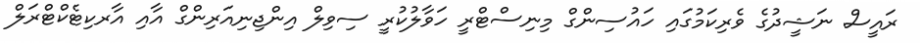
ރައީސް ނަޝީދުގެ ވެރިކަމުގައި ހައުސިންގް މިނިސްޓްރީ ހަވާލުކުރީ ސިވިލް އިންޖިނިއަރިންގް އާއި އާރކިޓެކްޓްރަލް